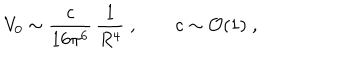
LaTeX: V _ { 0 } \sim \frac { c } { 1 6 \pi ^ { 6 } } \, \frac { 1 } { R ^ { 4 } } \; , \qquad c \sim { \cal O } ( 1 ) \; ,